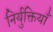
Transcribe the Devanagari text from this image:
निर्युक्तियाँ